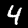
Digit: 4